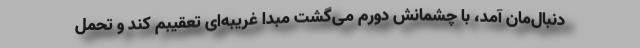
دنبال‌مان آمد، با چشمانش دورم می‌گشت مبدا غریبه‌ای تعقیبم کند و تحمل